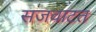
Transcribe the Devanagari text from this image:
सजवाटत